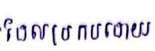
ដែលប្រកបដោយ